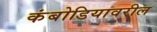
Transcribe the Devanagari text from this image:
कंबोडियावरील